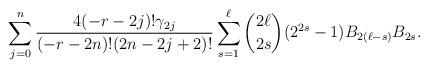
LaTeX: \begin{align*} \sum\limits_{j=0}^n \frac{4(-r-2j)! \gamma_{2j}}{(-r-2n)!(2n-2j+2)!} \sum\limits_{s=1}^\ell {2\ell \choose 2s} (2^{2s}-1) B_{2(\ell-s)} B_{2s}.\end{align*}